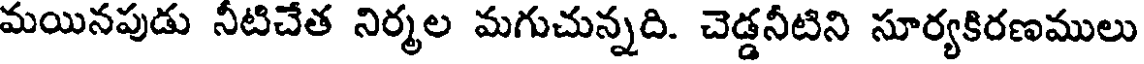
మయినపుడు నీటిచేత నిర్మల మగుచున్నది. చెడ్డనీటిని సూర్యకిరణములు